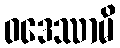
ဝဒေဿာမိ